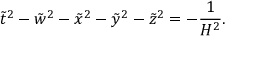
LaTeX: \tilde { t } ^ { 2 } - \tilde { w } ^ { 2 } - \tilde { x } ^ { 2 } - \tilde { y } ^ { 2 } - \tilde { z } ^ { 2 } = - \frac { 1 } { H ^ { 2 } } .